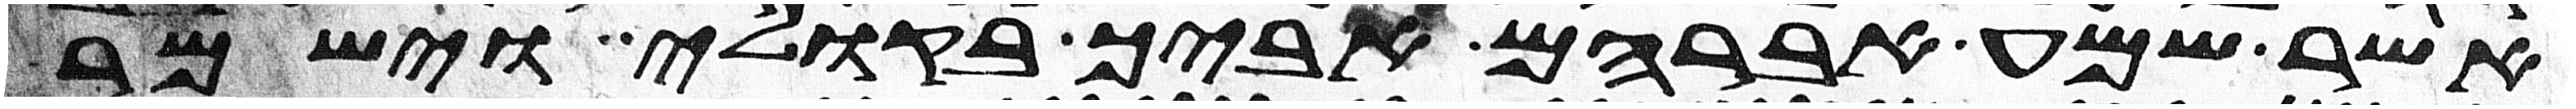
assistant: אשר שמע אברהם אביך בקולי וישמר